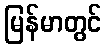
မြန်မာတွင်